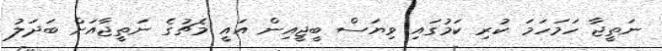
ނަތީޖާ ހަމަހަމަ ކުރި ކަމުގައި ވިޔަސް ބީޖީއިން އައީ މެޗުގެ ނަތީޖާއަށް ބަދަލު